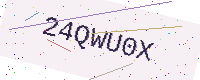
Text: 24QWU0X